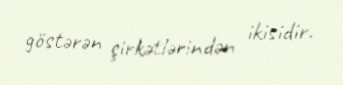
göstərən şirkətlərindən ikisidir.